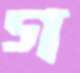
গ